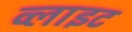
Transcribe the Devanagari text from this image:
व्‍लाइट